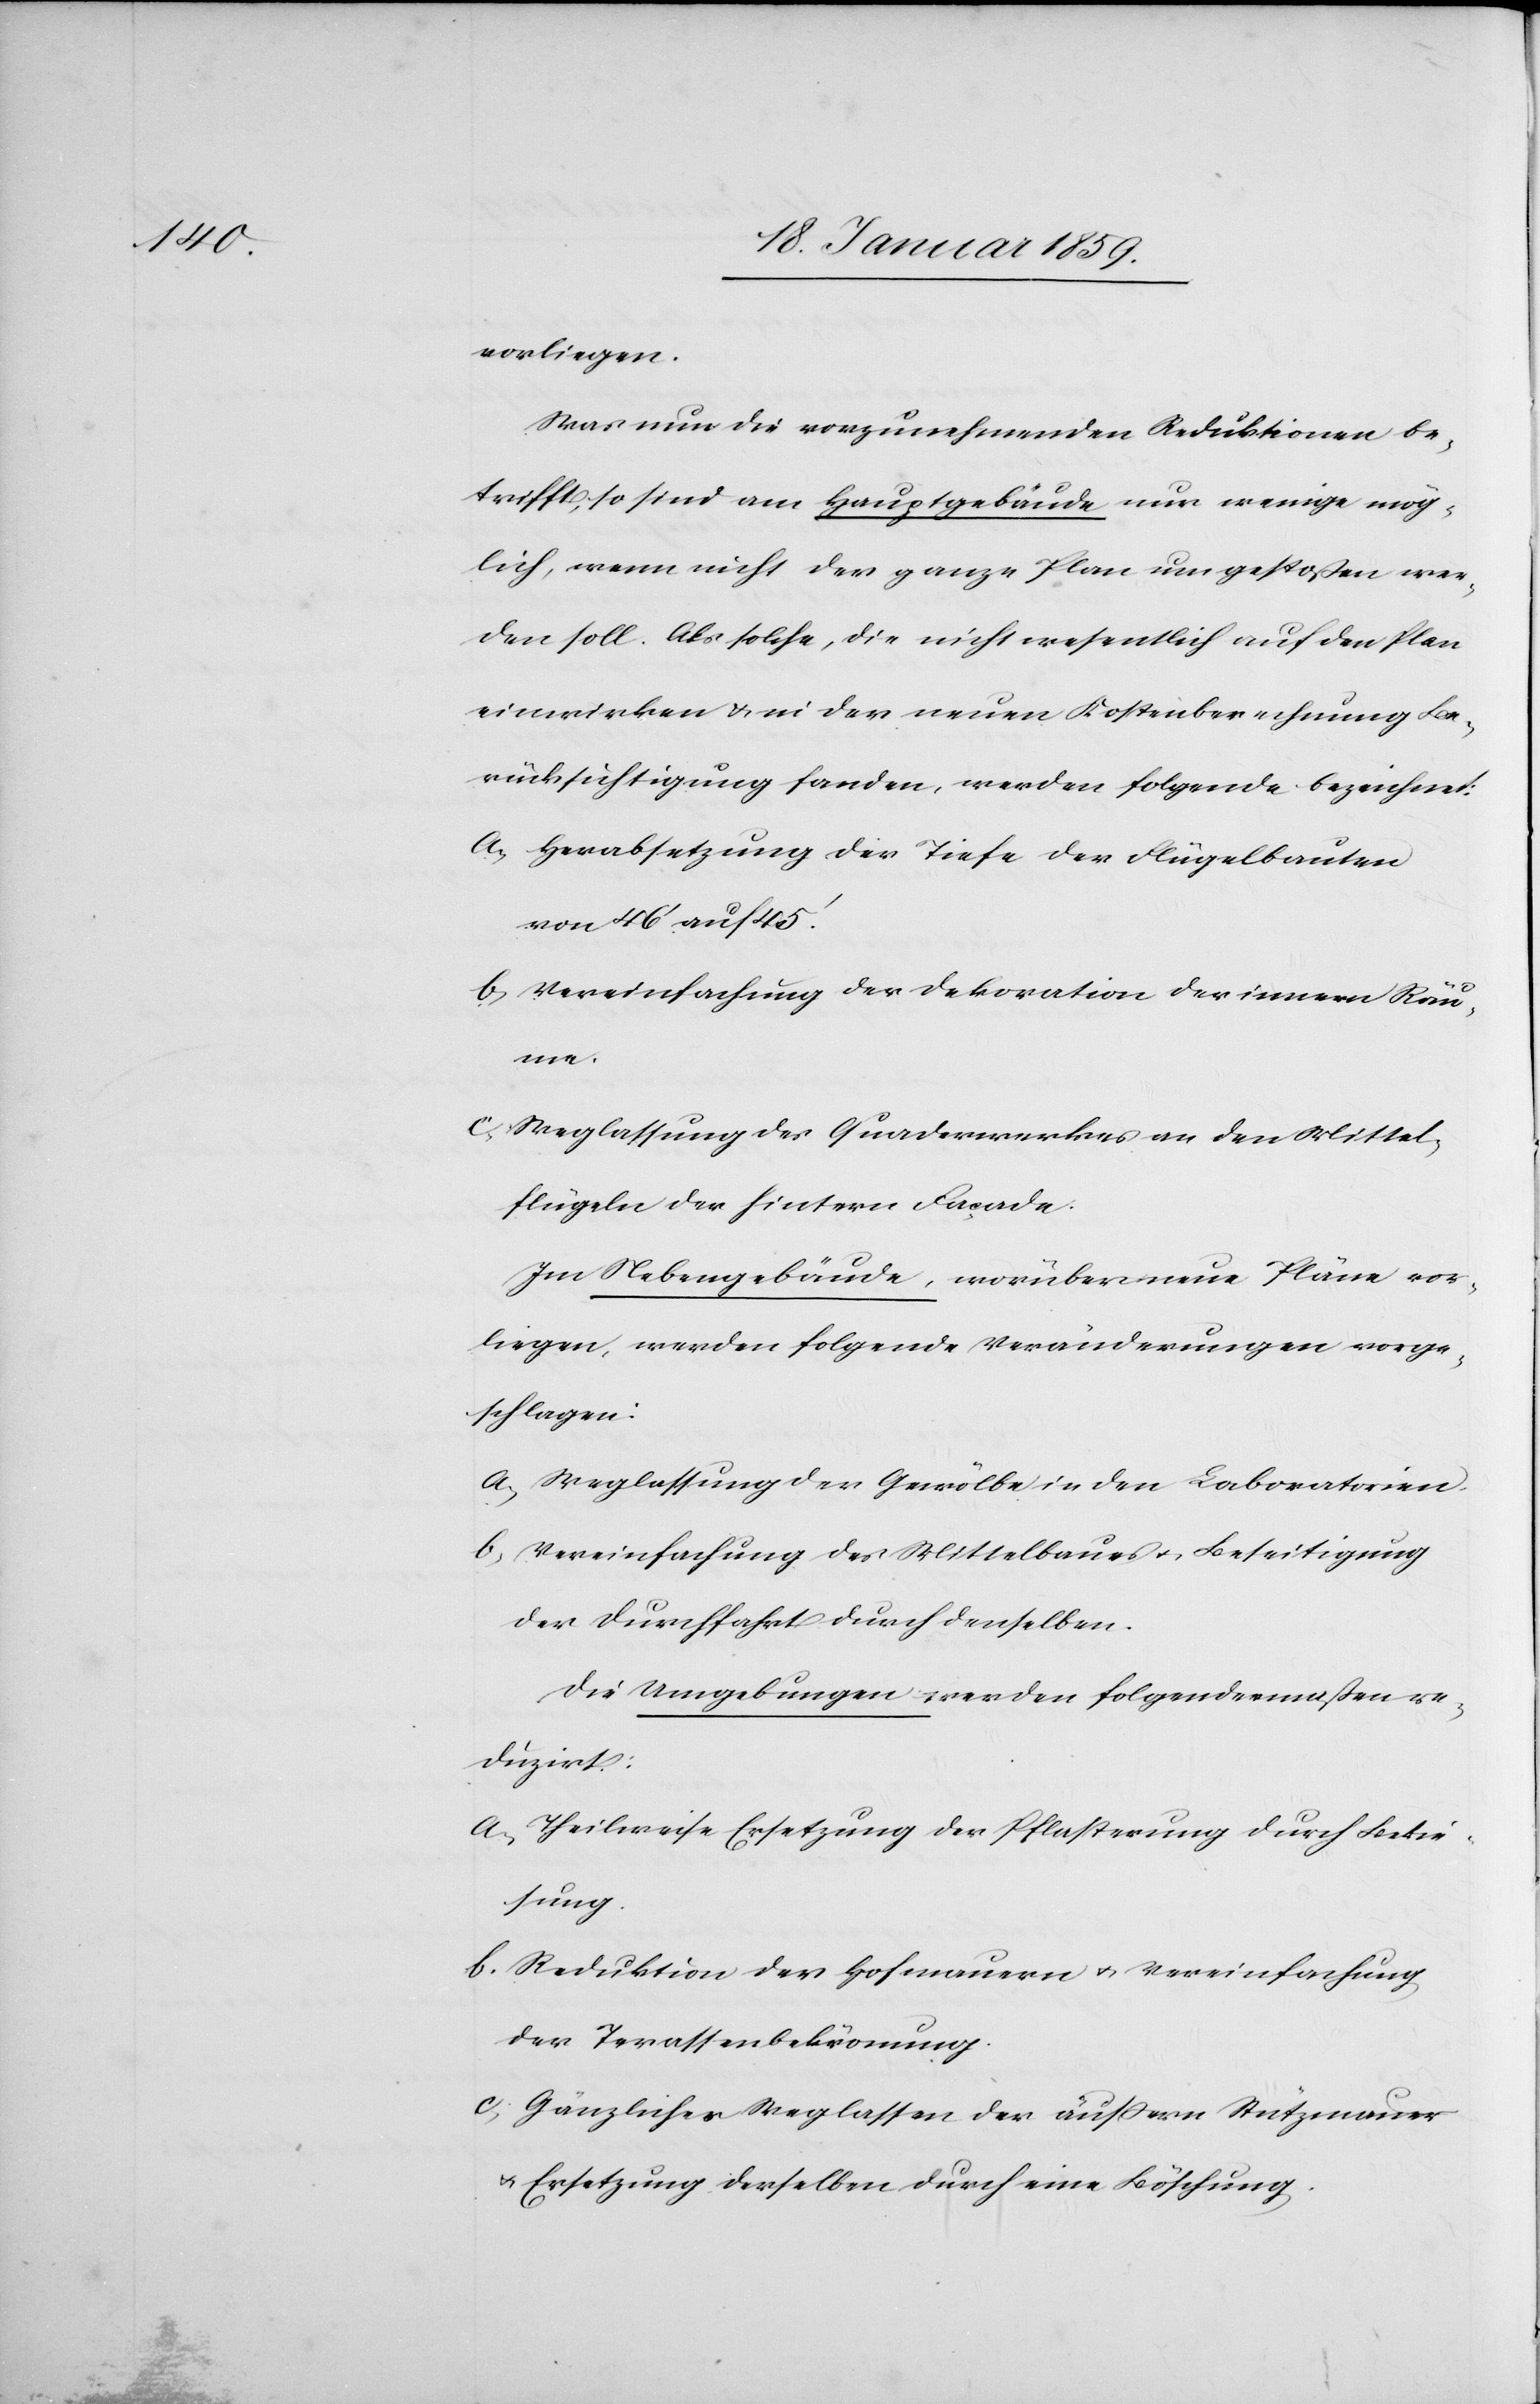
vorliegen.
Was nun die vorzunehmenden Reduktionen be¬
trifft, so sind am Hauptgebäude nur wenige mög¬
lich, wenn nicht der ganze Plan umgestoßen wer¬
den soll. Als solche, die nicht wesentlich auf den Plan
einwirken u. in der neuen Kostenberechnung Be¬
rücksichtigung fanden, werden folgende bezeichnet:
a. Herabsetzung der Tiefe der Flügelbauten
von 46' auf 45'.
b. Vereinfachung der Dekoration der innern Räu¬
me.
c. Weglassung des Quaderwerkes an den Mittel¬
flügeln der hintern Facade.
Im Nebengebäude, worüber neue Pläne vor¬
liegen, werden folgende Veränderungen vorge¬
schlagen:
a. Weglassung der Gewölbe in den Laboratorien.
b. Vereinfachung des Mittelbaues u. Beseitigung
der Durchfahrt durch denselben.
Die Umgebungen werden folgendermaßen re¬
duzirt:
a. Theilweise Ersetzung der Pflasterung durch Bekie¬
sung.
b. Reduktion der Hofmauern u. Vereinfachung
der Terassenbekrönung.
c. Gänzliches Weglassen der äußern Stützmauer
u. Ersetzung derselben durch eine Böschung.